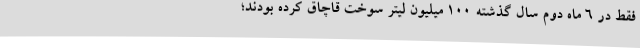
فقط در 6 ماه دوم سال گذشته 100 میلیون لیتر سوخت قاچاق کرده بودند؛